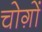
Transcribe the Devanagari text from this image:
चोग़ों